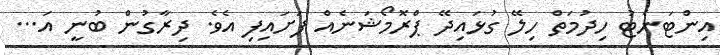
އިންޓަނެޓު ހިދުމަތް ހިލޭ ގުޅައިދޭ ޕްރޮމޯޝަނެއް ފަށައިފި އެވެ. ދިރާގުން ބުނީ އަ...